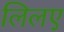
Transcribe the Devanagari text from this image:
लिलए